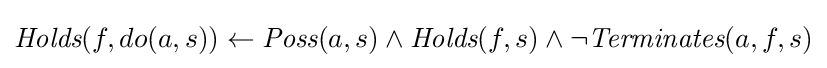
{\textit {Holds}}(f,do(a,s))\leftarrow {\textit {Poss}}(a,s)\wedge {\textit {Holds}}(f,s)\wedge \neg {\textit {Terminates}}(a,f,s)